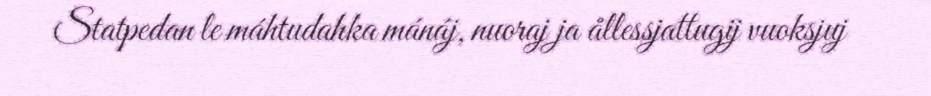
Statpedan le máhtudahka mánáj, nuoraj ja ållessjattugij vuoksjuj